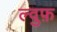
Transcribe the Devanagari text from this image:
ल्वुफ़